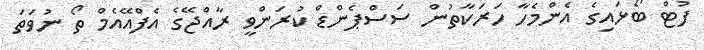
ފުޓް ބޯޅައިގެ އެންމެހާ ހަރަކާތުން ސަސްޕެންޑް ކުރަންވީ ރާއްޖޭގެ އެފްއޭއެމް ތޯ ނުވަތަ